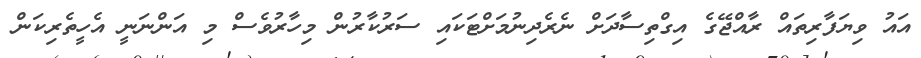
އައު ވިޔަފާރިތައް ރާއްޖޭގެ އިގްތިސާދަށް ނެރެދިނުމަށްޓަކައި ސަރުކާރުން މިހާރުވެސް މި އަންނަނީ އެހީތެރިކަން